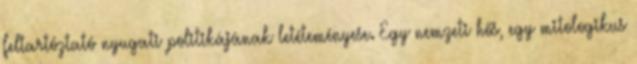
feltartóztató nyugati politikájának letéteményese. Egy nemzeti hős, egy mitologikus